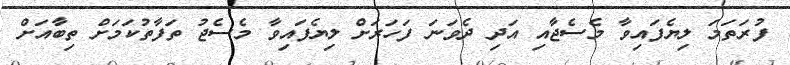
ފުރަތަމަ ލިޔެފައިވާ މެސެޖާއި އަދި ދެވަނަ ފަހަރަށް ލިޔެފައިވާ މެސެޖު ތަފާތުކަމަށް ތިބާއަށް